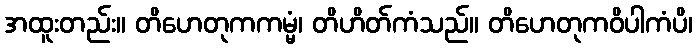
အထူးတည်း။ တိဟေတုကကမ္မံ၊ တိဟိတ်ကံသည်။ တိဟေတုကဝိပါကံပိ၊